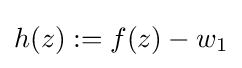
h(z):=f(z)-w_{1}